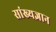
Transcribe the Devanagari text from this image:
सांख्यज्ञान